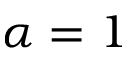
\alpha = 1